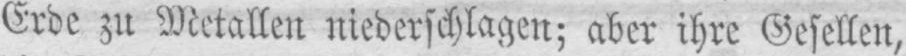
Erde zu Metallen niederschlagen; aber ihre Gesellen,